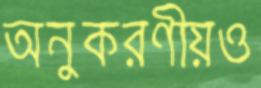
অনুকরণীয়ও